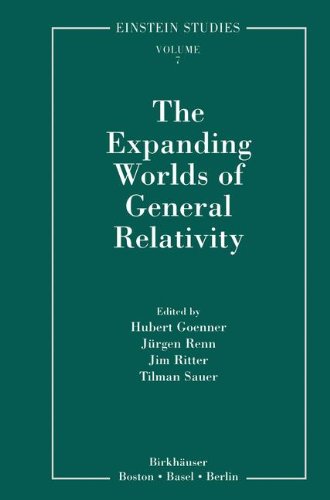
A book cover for The Expanding Worlds of General Relativity (Einstein Studies); Science & Math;